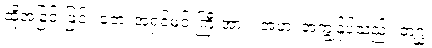
ထိုအခြင်းဖြင့်။ တေ၊ အရှင်မင်းကြီးအား။ အဟံ၊ အကျွန်ုပ်သည်။ တဂ္ဃ၊